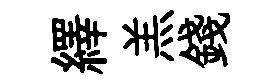
繹羔錢